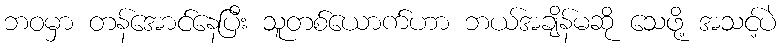
ဘဝမှာ တန်အောင်နေပြီး သူတစ်ယောက်ဟာ ဘယ်အချိန်မဆို သေဖို့ အသင့်ပဲ